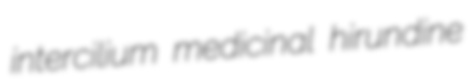
intercilium medicinal hirundine